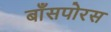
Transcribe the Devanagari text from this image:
बाँसपोरस